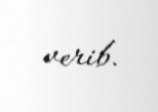
verib.